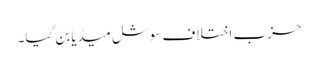
حزب ِ اختلاف سوشل میڈیا بن گیا۔